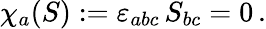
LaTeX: \chi_{a}(S):=\varepsilon_{abc}\, S_{bc}=0\, .